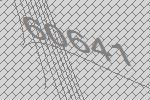
60641